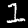
Label: 1